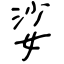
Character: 娑